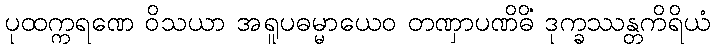
ပုထက္ကရဏေ ဝိသယာ အရူပဓမ္မာယေဝ တဏှာပဏိဓိံ ဒုက္ခဿန္တကိရိယံ